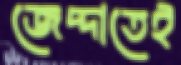
জেদ্দাতেই